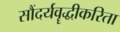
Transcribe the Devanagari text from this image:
सौंदर्यवॄद्धीकरिता